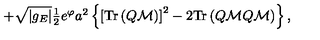
+ \sqrt { | g _ { E } | } \textstyle { \frac { 1 } { 2 } } e ^ { \varphi } a ^ { 2 } \left\{ \left[ \mathrm { T r } \left( Q \mathcal { M } \right) \right] ^ { 2 } - 2 \mathrm { T r } \left( Q \mathcal { M } Q \mathcal { M } \right) \right\} ,